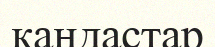
қандастар